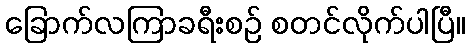
ခြောက်လကြာခရီးစဉ် စတင်လိုက်ပါပြီ။